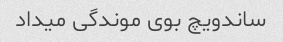
ساندویچ بوی موندگی میداد